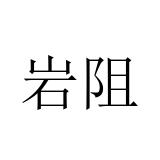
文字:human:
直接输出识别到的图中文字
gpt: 岩阻